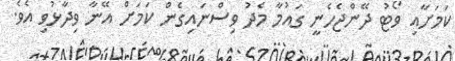
ކަމަށާއި ވޯޓު ދޭންޖެހެނީ ގައުމާ މެދު ވިސްނައިގެން ކަމަށް އޭނާ ވިދާޅުވި އެވެ.